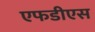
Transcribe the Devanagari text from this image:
एफडीएस